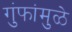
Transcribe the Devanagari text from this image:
गुंफांमुळे